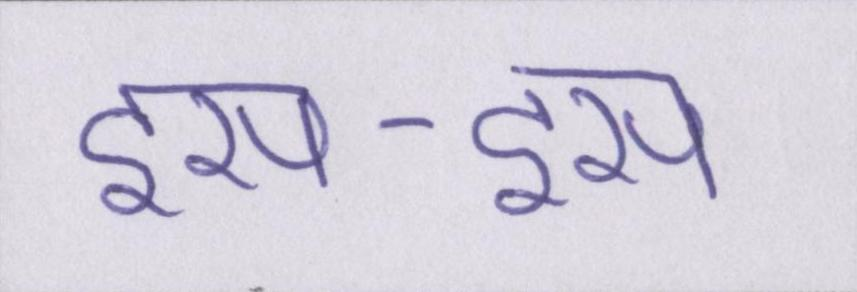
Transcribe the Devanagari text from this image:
इस-इस